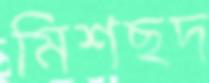
মিশছদ